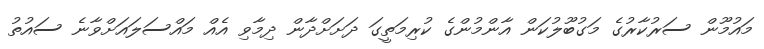
މައުމޫން ސަރުކާރުގެ މަގުބޫލުކަން އާންމުންގެ ކުރިމަތީގަ ދަށަށްދާން ދިމާވި އެއް މައްސަލައަށްވާނެ ސައުތު